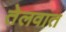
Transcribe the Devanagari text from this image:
तेलवात